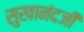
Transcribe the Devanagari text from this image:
सुखानंदजी